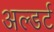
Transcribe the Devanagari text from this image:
अल्डर्ट